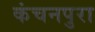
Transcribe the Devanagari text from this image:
कंचनपुरा